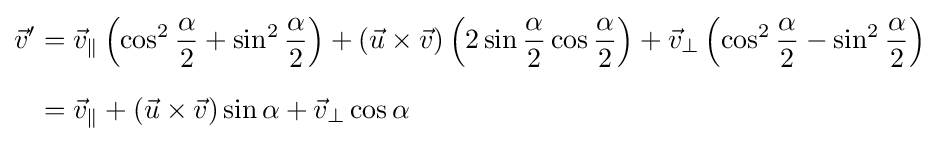
{\begin{aligned}{\vec {v}}'&={\vec {v}}_{\|}\left(\cos ^{2}{\frac {\alpha }{2}}+\sin ^{2}{\frac {\alpha }{2}}\right)+\left({\vec {u}}\times {\vec {v}}\right)\left(2\sin {\frac {\alpha }{2}}\cos {\frac {\alpha }{2}}\right)+{\vec {v}}_{\bot }\left(\cos ^{2}{\frac {\alpha }{2}}-\sin ^{2}{\frac {\alpha }{2}}\right)\\[6pt]&={\vec {v}}_{\|}+\left({\vec {u}}\times {\vec {v}}\right)\sin \alpha +{\vec {v}}_{\bot }\cos \alpha \end{aligned}}